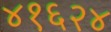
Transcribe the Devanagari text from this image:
४१६२४